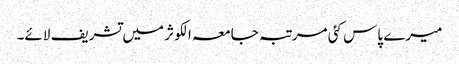
میرے پاس کئی مرتبہ جامعہ الکوثر میں تشریف لائے۔